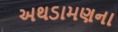
અથડામણના